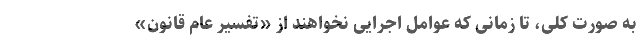
به صورت کلی، تا زمانی که عوامل اجرایی نخواهند از «تفسیر عام قانون»